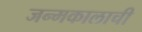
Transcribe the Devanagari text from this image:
जन्मकालाची